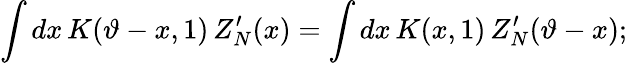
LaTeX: \int dx\, K(\vartheta-x,1)\, Z_{N}^{\prime}(x)=\int dx\, K(x,1)\, Z_{N}^{\prime}(\vartheta-x);